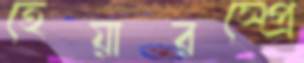
হেয়ারস্প্রে